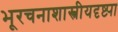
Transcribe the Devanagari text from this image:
भूरचनाशास्त्रीयदृष्ट्या